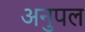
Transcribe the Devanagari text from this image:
अनुपल